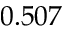
0 . 5 0 7